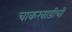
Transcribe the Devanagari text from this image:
चाकरवाडीची